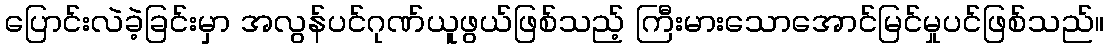
ပြောင်းလဲခဲ့ခြင်းမှာ အလွန်ပင်ဂုဏ်ယူဖွယ်ဖြစ်သည့် ကြီးမားသောအောင်မြင်မှုပင်ဖြစ်သည်။